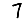
Digit: 7